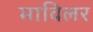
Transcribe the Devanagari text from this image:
माविलर